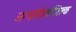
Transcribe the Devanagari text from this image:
अन्थ्रोपोलोजिक्ल